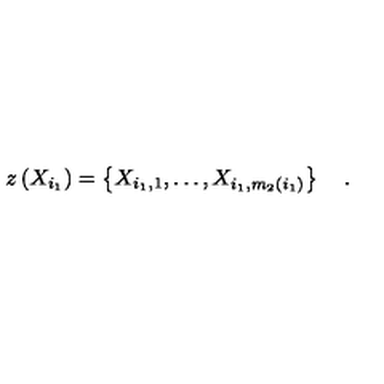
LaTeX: z \left( X _ { i _ { 1 } } \right) = \left\{ X _ { i _ { 1 } , 1 } , \ldots , X _ { i _ { 1 } , m _ { 2 } \left( i _ { 1 } \right) } \right\} \quad .